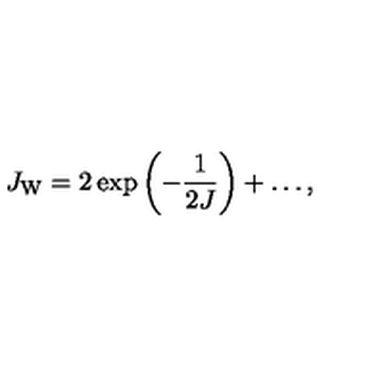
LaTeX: J _ { \mathrm { W } } = 2 \exp \left( - { \frac { 1 } { 2 J } } \right) + \ldots ,